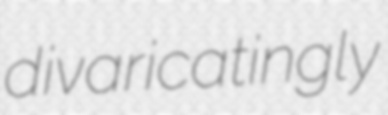
divaricatingly